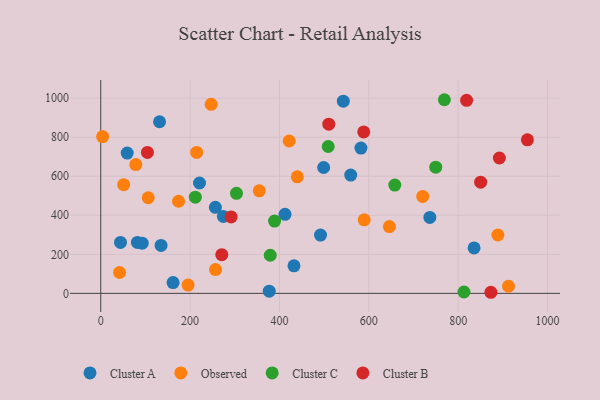
{"axis": {"x": "Engine Size", "y": "Salary"}, "legend": ["Cluster A", "Cluster B", "Cluster C", "Observed"], "data": [{"x": "491.9", "y": 298.5, "type": "Cluster A"}, {"x": "736.6", "y": 389.2, "type": "Cluster A"}, {"x": "542.9", "y": 984.5, "type": "Cluster A"}, {"x": "256.6", "y": 441.0, "type": "Cluster A"}, {"x": "835.6", "y": 232.6, "type": "Cluster A"}, {"x": "377.1", "y": 11.4, "type": "Cluster A"}, {"x": "412.4", "y": 404.7, "type": "Cluster A"}, {"x": "432.5", "y": 141.2, "type": "Cluster A"}, {"x": "274.5", "y": 393.9, "type": "Cluster A"}, {"x": "498.9", "y": 644.7, "type": "Cluster A"}, {"x": "582.4", "y": 744.5, "type": "Cluster A"}, {"x": "82.0", "y": 260.8, "type": "Cluster A"}, {"x": "135.0", "y": 245.6, "type": "Cluster A"}, {"x": "161.9", "y": 55.4, "type": "Cluster A"}, {"x": "559.5", "y": 605.9, "type": "Cluster A"}, {"x": "59.2", "y": 718.5, "type": "Cluster A"}, {"x": "221.0", "y": 565.5, "type": "Cluster A"}, {"x": "44.2", "y": 260.8, "type": "Cluster A"}, {"x": "131.6", "y": 879.1, "type": "Cluster A"}, {"x": "92.8", "y": 257.3, "type": "Cluster A"}, {"x": "174.1", "y": 471.8, "type": "Observed"}, {"x": "888.9", "y": 299.0, "type": "Observed"}, {"x": "214.7", "y": 722.0, "type": "Observed"}, {"x": "439.9", "y": 596.8, "type": "Observed"}, {"x": "4.2", "y": 803.2, "type": "Observed"}, {"x": "720.7", "y": 496.8, "type": "Observed"}, {"x": "42.1", "y": 106.8, "type": "Observed"}, {"x": "247.2", "y": 968.5, "type": "Observed"}, {"x": "106.2", "y": 489.9, "type": "Observed"}, {"x": "256.9", "y": 122.0, "type": "Observed"}, {"x": "646.1", "y": 342.4, "type": "Observed"}, {"x": "51.3", "y": 556.6, "type": "Observed"}, {"x": "421.8", "y": 780.6, "type": "Observed"}, {"x": "589.7", "y": 376.9, "type": "Observed"}, {"x": "195.5", "y": 42.5, "type": "Observed"}, {"x": "912.7", "y": 36.5, "type": "Observed"}, {"x": "354.8", "y": 525.2, "type": "Observed"}, {"x": "78.4", "y": 659.7, "type": "Observed"}, {"x": "509.1", "y": 752.3, "type": "Cluster C"}, {"x": "211.7", "y": 493.0, "type": "Cluster C"}, {"x": "303.8", "y": 512.7, "type": "Cluster C"}, {"x": "813.0", "y": 7.1, "type": "Cluster C"}, {"x": "658.2", "y": 554.6, "type": "Cluster C"}, {"x": "379.4", "y": 195.4, "type": "Cluster C"}, {"x": "389.0", "y": 370.5, "type": "Cluster C"}, {"x": "749.8", "y": 646.7, "type": "Cluster C"}, {"x": "769.1", "y": 992.0, "type": "Cluster C"}, {"x": "954.9", "y": 786.4, "type": "Cluster B"}, {"x": "818.9", "y": 989.1, "type": "Cluster B"}, {"x": "270.9", "y": 198.0, "type": "Cluster B"}, {"x": "588.6", "y": 827.1, "type": "Cluster B"}, {"x": "291.8", "y": 391.4, "type": "Cluster B"}, {"x": "510.4", "y": 866.9, "type": "Cluster B"}, {"x": "850.3", "y": 569.7, "type": "Cluster B"}, {"x": "873.2", "y": 5.6, "type": "Cluster B"}, {"x": "892.2", "y": 693.4, "type": "Cluster B"}, {"x": "104.5", "y": 722.1, "type": "Cluster B"}]}